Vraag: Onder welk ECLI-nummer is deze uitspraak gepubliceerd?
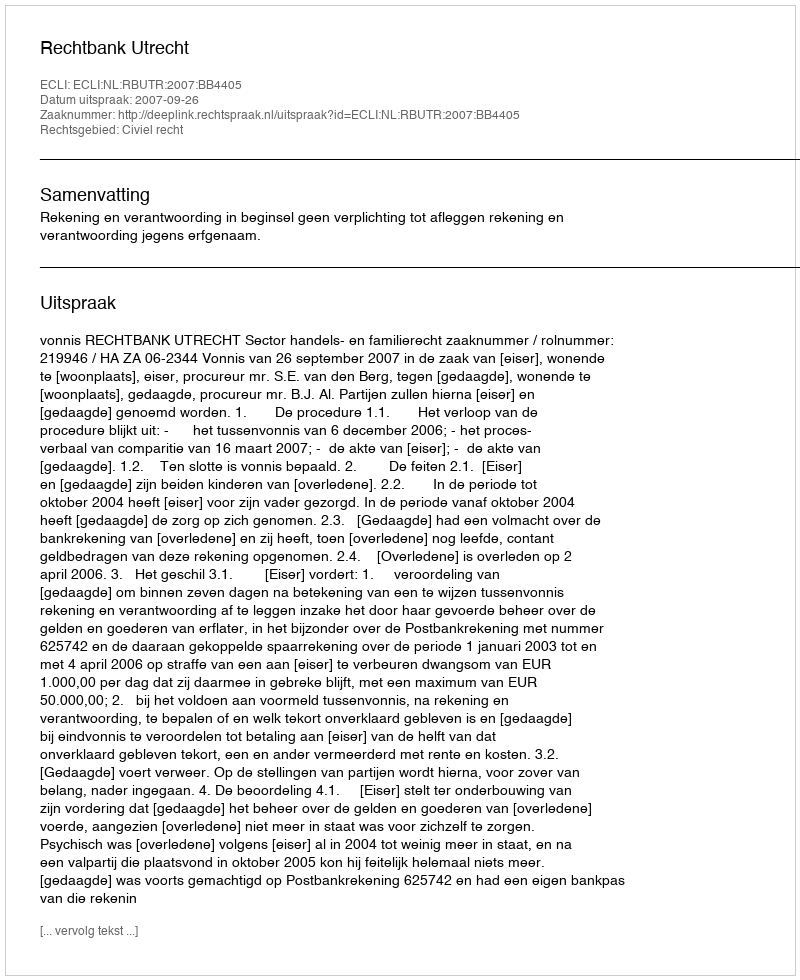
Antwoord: ECLI:NL:RBUTR:2007:BB4405